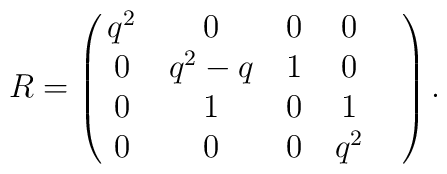
R=\pmatrix{q^2&0&0&0& \cr                0&q^2 -q&1&0&\cr                0&1&0&1&\cr                0&0&0&q^2&}.